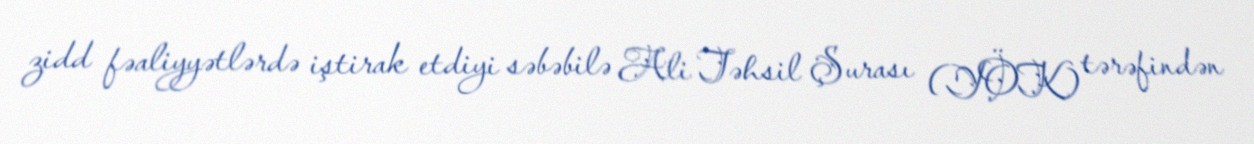
zidd fəaliyyətlərdə iştirak etdiyi səbəbilə Ali Təhsil Şurası (YÖK) tərəfindən